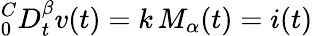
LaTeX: ^C_{0}D_{t}^{\beta}v(t)=k\, M_{\alpha}(t)=i(t)